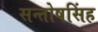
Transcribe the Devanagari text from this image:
सन्तोषसिंह